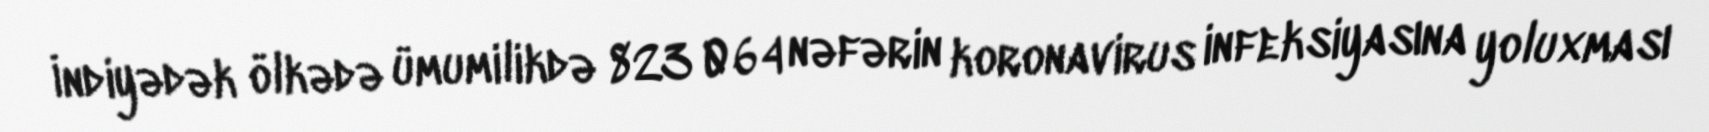
İndiyədək ölkədə ümumilikdə 823 064 nəfərin koronavirus infeksiyasına yoluxması